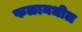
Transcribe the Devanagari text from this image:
फळामधील